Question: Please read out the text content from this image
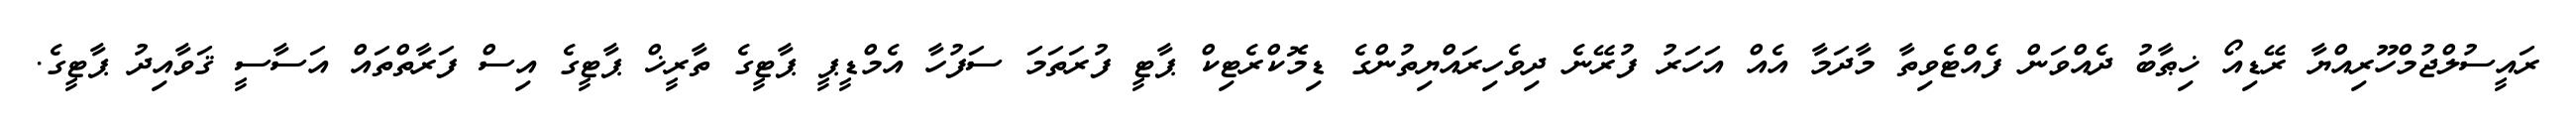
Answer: ރައީސުލްޖުމްހޫރިއްޔާ ރޭޑިއޯ ޚިޠާބު ދެއްވަން ފެއްޓެވިތާ މާދަމާ އެއް އަހަރު ފުރޭނެ ދިވެހިރައްޔިތުންގެ ޑިމޮކްރެޓިކް ޕާޓީ ފުރަތަމަ ސަފުހާ އެމްޑީޕީ ޕާޓީގެ ތާރީޚް ޕާޓީގެ އިސް ފަރާތްތައް އަސާސީ ޤަވާއިދު ޕާޓީގެ.